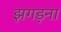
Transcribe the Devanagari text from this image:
झगड़ना